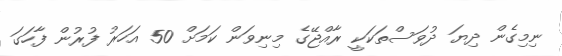
ނިމިގެން ދިޔަ ދުވަސްތަކަކީ ރާއްޖޭގެ މިނިވަން ކަމަށް 50 އަހަރު ފުރުން ފާހަގަ